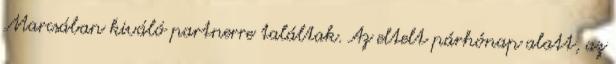
Marcsában kiváló partnerre találtak. Az eltelt párhónap alatt, az